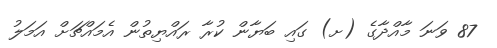
87 ވަނަ މާއްދާގެ (ށ) ގައި ބަޔާން ކުރާ ރައްޔިތުން އެމައްޗަށް އަމަލު